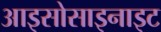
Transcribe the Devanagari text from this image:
आइसोसाइनाइट